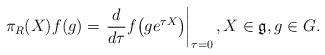
LaTeX: \begin{gather*}\pi_R(X) f(g) = \left.\frac{d}{d\tau} f\big(g e^{\tau X}\big) \right|_{\tau = 0},X \in {\mathfrak g}, g \in G.\end{gather*}